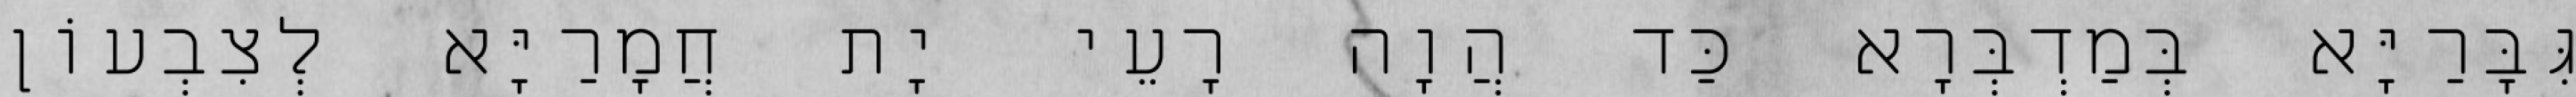
גִּבָּרַיָּא בְּמַדְבְּרָא כַּד הֲוָה רָעֵי יָת חֲמָרַיָּא לְצִבְעוֹן